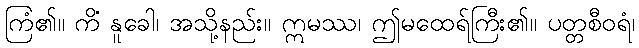
ကြံ၏။ ကိံ နူခေါ၊ အသို့နည်း။ ဣမဿ၊ ဤမထေရ်ကြီး၏။ ပတ္တစီဝရံ၊